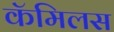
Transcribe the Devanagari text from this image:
कॅमिलस